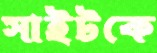
সাইটকে